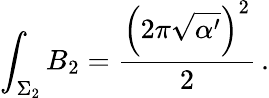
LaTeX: \int_{\Sigma_{2}}B_{2}=\frac{\left(2\pi\sqrt{\alpha^{\prime}}\right)^{2}}{2}\, .